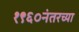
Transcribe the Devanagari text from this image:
१९६०नंतरच्या